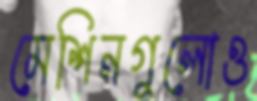
মেশিনগুলোও